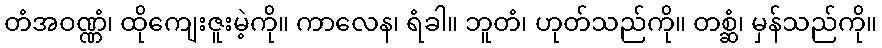
တံအဝဏ္ဏံ၊ ထိုကျေးဇူးမဲ့ကို။ ကာလေန၊ ရံခါ။ ဘူတံ၊ ဟုတ်သည်ကို။ တစ္ဆံ၊ မှန်သည်ကို။